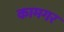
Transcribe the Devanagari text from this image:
कामगर